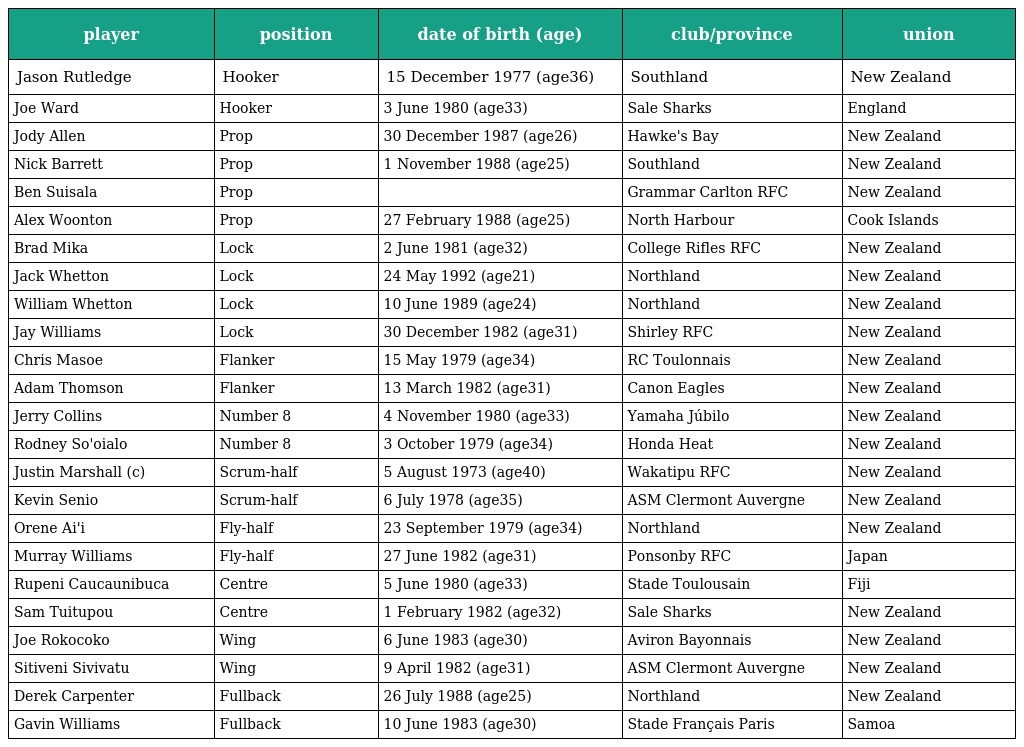
| player | position | date of birth (age) | club/province | union |
 | --- | --- | --- | --- | --- |
 | Jason Rutledge | Hooker | 15 December 1977 (age36) | Southland | New Zealand |
 | Joe Ward | Hooker | 3 June 1980 (age33) | Sale Sharks | England |
 | Jody Allen | Prop | 30 December 1987 (age26) | Hawke's Bay | New Zealand |
 | Nick Barrett | Prop | 1 November 1988 (age25) | Southland | New Zealand |
 | Ben Suisala | Prop |  | Grammar Carlton RFC | New Zealand |
 | Alex Woonton | Prop | 27 February 1988 (age25) | North Harbour | Cook Islands |
 | Brad Mika | Lock | 2 June 1981 (age32) | College Rifles RFC | New Zealand |
 | Jack Whetton | Lock | 24 May 1992 (age21) | Northland | New Zealand |
 | William Whetton | Lock | 10 June 1989 (age24) | Northland | New Zealand |
 | Jay Williams | Lock | 30 December 1982 (age31) | Shirley RFC | New Zealand |
 | Chris Masoe | Flanker | 15 May 1979 (age34) | RC Toulonnais | New Zealand |
 | Adam Thomson | Flanker | 13 March 1982 (age31) | Canon Eagles | New Zealand |
 | Jerry Collins | Number 8 | 4 November 1980 (age33) | Yamaha Júbilo | New Zealand |
 | Rodney So'oialo | Number 8 | 3 October 1979 (age34) | Honda Heat | New Zealand |
 | Justin Marshall (c) | Scrum-half | 5 August 1973 (age40) | Wakatipu RFC | New Zealand |
 | Kevin Senio | Scrum-half | 6 July 1978 (age35) | ASM Clermont Auvergne | New Zealand |
 | Orene Ai'i | Fly-half | 23 September 1979 (age34) | Northland | New Zealand |
 | Murray Williams | Fly-half | 27 June 1982 (age31) | Ponsonby RFC | Japan |
 | Rupeni Caucaunibuca | Centre | 5 June 1980 (age33) | Stade Toulousain | Fiji |
 | Sam Tuitupou | Centre | 1 February 1982 (age32) | Sale Sharks | New Zealand |
 | Joe Rokocoko | Wing | 6 June 1983 (age30) | Aviron Bayonnais | New Zealand |
 | Sitiveni Sivivatu | Wing | 9 April 1982 (age31) | ASM Clermont Auvergne | New Zealand |
 | Derek Carpenter | Fullback | 26 July 1988 (age25) | Northland | New Zealand |
 | Gavin Williams | Fullback | 10 June 1983 (age30) | Stade Français Paris | Samoa |